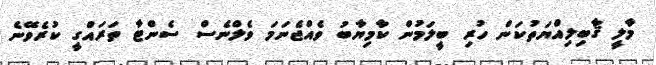
މާލީ ޤާބިލިއްޔަތުކަން ހުރި ބީލަމުން ކާމިޔާބު ވެއްޖެނަމަ ވެލްނެސް ސެންޓާ ތަރައްގީ ކުރެވޭނެ